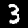
Digit: 3